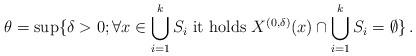
LaTeX: \begin{align*} \theta=\sup\{\delta>0; \forall x\in\bigcup_{i=1}^{k}S_i \ \mbox{it holds} \ X^{(0,\delta)}(x)\cap\bigcup_{i=1}^{k}S_i=\emptyset\}\,.\end{align*}